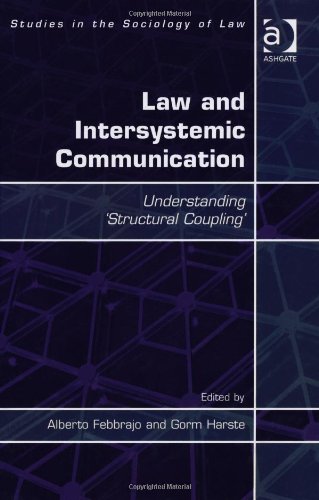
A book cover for Law and Intersystemic Communication: Understanding 'Structural Coupling' (Studies in the Sociology of Law); Law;